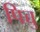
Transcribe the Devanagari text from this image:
पिच्चु